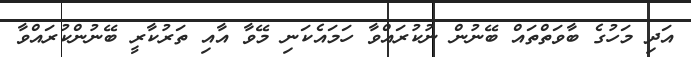
އަދި މަހުގެ ބާވަތްތައް ބޭނުން ނުކުރައްވާ ހަމައެކަނި މޭވާ އާއި ތަރުކާރީ ބޭނުންކުރައްވާ